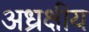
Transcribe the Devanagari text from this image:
अध्रक्षीय